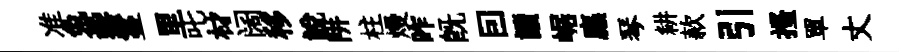
准兔罍鬘里叱材阔移說阱柱熳昨既囙讀崌廡琴耕款引搔單丈